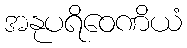
အနုပရိဝေဏိယံ